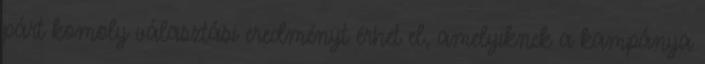
párt komoly választási eredményt érhet el, amelyiknek a kampánya